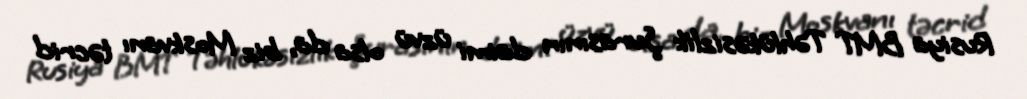
Rusiya BMT Təhlükəsizlik Şurasının daimi üzvü olsa da, biz Moskvanı təcrid